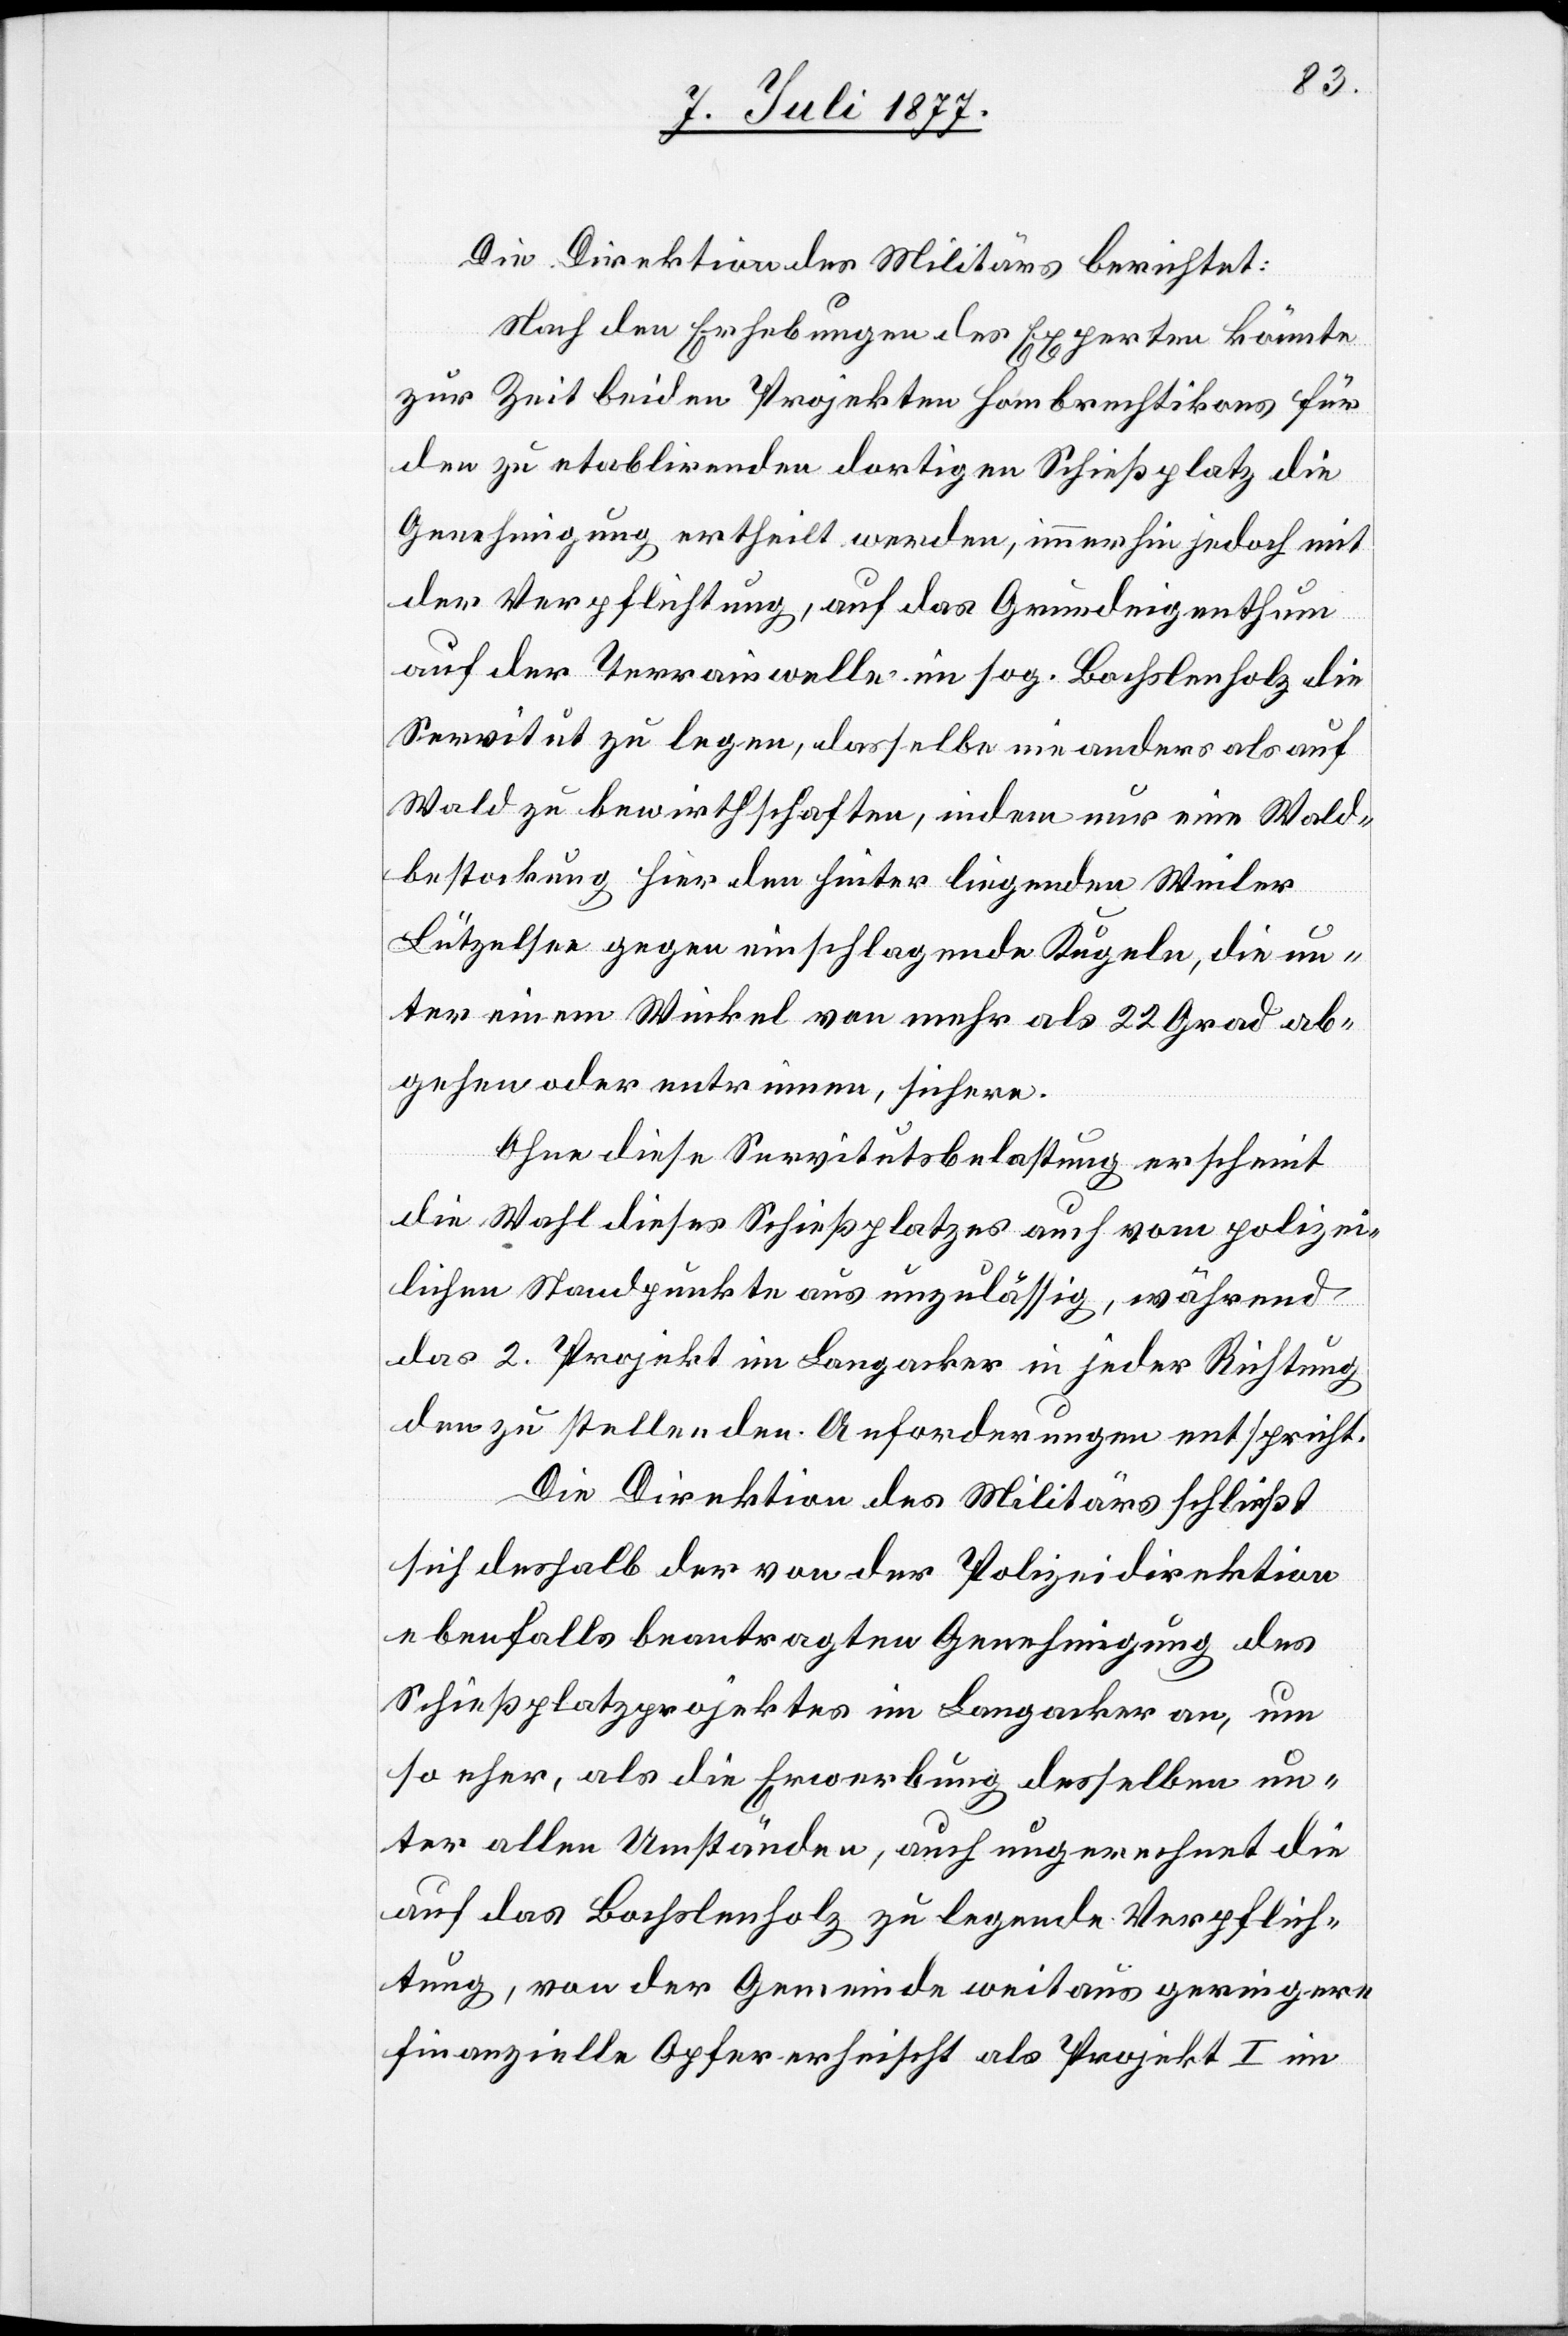
Die Direktion des Militärs berichtet:
Nach den Erhebungen des Experten könnte
zur Zeit beiden Projekten Hombrechtikons für
den zu etablirenden dortigen Schießplatz die
Genehmigung ertheilt werden, immerhin jedoch mit
der Verpflichtung, auf das Grundeigenthum
auf der Terrainwelle im sog. Bochslenholz die
Servitut zu legen, dasselbe nie anders als auf
Wald zu bewirthschaften, indem nur eine Wald¬
bestockung hier den hinter liegenden Weiler
Lützelsee gegen einschlagende Kugeln, die un¬
ter einem Winkel von mehr als 22 Grad ab¬
gehen oder entrinnen, sichere.
Ohne diese Servitutsbelastung erscheint
die Wahl dieses Schießplatzes auch vom polizei¬
lichen Standpunkte aus unzulässig, während
das 2. Projekt im Langacker in jeder Richtung
den zu stellenden Anforderungen entspricht.
Die Direktion des Militärs schließt
sich deshalb der von der Polizeidirektion
ebenfalls beantragten Genehmigung des
Schießplatzprojektes im Langacker an, um
so eher, als die Erwerbung desselben un¬
ter allen Umständen, auch ungerechnet die
auf das Bochslenholz zu legende Verpflich¬
tung, von der Gemeinde weitaus geringere
finanzielle Opfer erheischt als Projekt I im